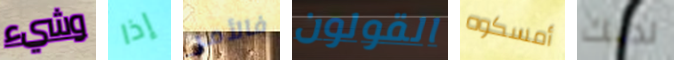
وشيء إذا فالأمر القولون أمسكوه لديك